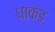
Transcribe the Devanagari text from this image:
धाकड़